Vital statistics of India. Vol. IV, Annual returns from 1871 to 1876. British Army of India, Native Army and jails of Bengal
Year: 1871
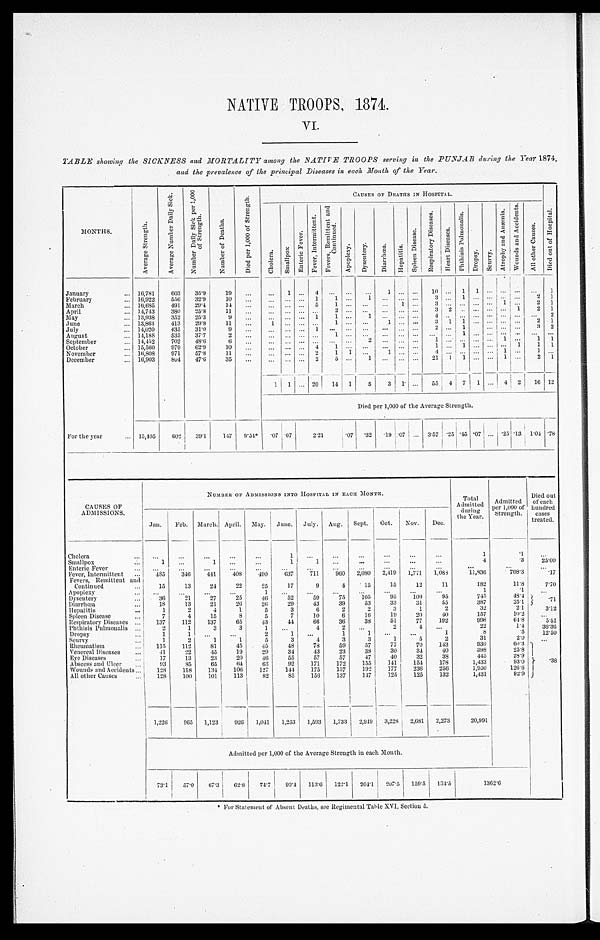
NATIVE TROOPS, 1874.
VI.
TABLE showing the SICKNESS and MORTALITY among the NATIVE TROOPS serving in the PUNJAB dueing the Year 1874,
and the prevalence of the principal Diseases in each Month of the Year.
MONTHS.
A v e r a g e S t r e n g t h .
A v e r a g e N u m b e r D a i l y S i c k .
N u m b e r D a i l y S i c k p e r 1 , 0 0 0 o f S t r e n g t h .
N u m b e r o f D e a t h s .
D i e d p e r 1 , 0 0 0 o f S t r e n g t h .
C A U S E S O F D E A T H S I N H O S P I T A L .
D i e d o u t o f H o s p i t a l .
C h o l e r a . S m a l l p o x .
E n t e r i c F e v e r .
F e v e r , I n t e r m i t t e n t .
F e v e r s , R e m i t t e n t a n d C o n t i n u e d .
A p o p l e x y .
D y s e n t e r y .
D i a r r h œ a .
H e p a t i t i s .
S p l e e n D i s e a s e .
R e s p i r a t o r y D i s e a s e s .
H e a r t D i s e a s e s .
P h t h i s i s P u l m o n a l i s .
D r o p s y . S c u r v y .
A t r o p h y a n d A n æ m i a .
W o u n d s a n d A c c i d e n t s .
A l l o t h e r C a u s e s .
January . . . 16,781
603
35.9
19
. . .
. . .
1 . . .
4
. . .
. . .
. . . 1
. . .
. . . 10
. . .
1 1 . . .
. . .
. . .
. . .
1
February . . . 16,922
556
32.9
10
. . . . . .
. . . . . . 1
1
. . .
1 . . . . . . . . . 3
. . .
1 . . . . . .
. . .
. . . 2 1
March . . . 16,685
491
29.4
14
. . .
. . .
. . .
. . .
5
1
. . .
. . . . . .
1 . . . 3
. . .
. . .
. . . . . .
1
. . . 2 1
April . . . 14,743
380
25.8
11
. . .
. . .
. . . . . . . . .
2
. . .
. . .
. . . . . . . . .
3 2 . . . . . . . . . . . . 1
2 1
May . . . 13,938
352
25.3
9
. . . . . .
. . .
. . . 1
1
. . .
1
. . . . . . . . .
4
. . .
. . .
. . . . . .
. . .
. . .
. . . 2
June . . . 13,863
413
29.8
11
. . . 1
. . .
. . .
. . .
1
. . .
. . . 1
. . .
. . .
3
1
1 . . . . . .
. . .
. . . 2 1
July . . . 14,020
435
31.0
9
. . .
. . . . . . . . .
1
. . .
. . .
. . . . . .
. . .
. . .
2 . . . 1 . . . . . .
. . .
. . .
3 2
August . . . 14,188
535
37.7
2
. . .
. . . . . . . . . . . .
1
. . .
. . . . . .
. . .
. . .
. . .
. . .
1 . . . . . .
. . .
. . .
. . . . . .
September . . . 14,452
702
48.6
6
. . .
. . .
. . . . . . . . .
. . . . . .
2 . . . . . . . . .
1
. . .
. . .
. . . . . .
1
. . . 1 1
October . . . 15,560
979
62.9
10
. . .
. . . . . . . . . 4
1
. . .
. . . . . .
. . .
. . .
1
. . .
1 . . . . . .
. . .
1
1 1
November . . . 16,808
971
57.8
11
. . . . . .
. . .
. . .
2
1 1 . . .
1
. . .
. . .
4 . . .
. . .
. . . . . .
1
. . .
1 . . .
December . . . 16,903
8 0 4 47.6
35
. . . . . .
. . .
. . .
2
5
. . .
1
. . .
. . .
. . .
2 1
1
1 . . . . . . 1 . . .
2 1
1
1 . . . 20
14
1
5
3 1 . . .
55
4
7
1
. . . 4 2
16 12
Died per 1,000 of the Average Strength.
For the year . . . 15,405
602
39.1
147
9.54* .07 .07
2.21
.07 .32
. 1 9 .07 . . . 3.57 .25
. 4 5
. 07
. . . .25 .13 1.04 .78
CAUSES OF
ADMISSIONS.
NUMBER OF ADMISSIONS INTO HOSPITAL IN EACH MONTH.
Total
Admitted
during
the Year.
Admitted
per 1, 000 of
Strength.
Died out
of each
hundred
cases
treated.
Jan.
Feb. March. April. May. June. July. Aug. Sept.
Oct.
Nov.
Dec.
Cholera . . .
. . .
. . .
. . .
. . .
. . .
1
. . .
. . .
. . .
. . .
. . .
. . .
1
.1
. . .
Smallpox . . .
1
. . .
1
. . .
. . .
1
1
. . .
. . .
. . .
. . .
. . .
4
.3
25.00
Enteric Fever . . .
. . .
. . .
. . .
. . .
. . .
. . .
. . .
. . .
. . .
. . .
. . .
. . .
. . .
. . .
. . .
Fever, Intermittent . . .
485
346
441
408
490
637
711
960
2,080
2,419
1,771
1,083
11,836
768.3
.17
Fevers, Remittent and
Continued . . .
1 5
13
24
22
25
17
9
4
15
15
12
11
182
11.8
7.70
Apoplexy . . .
. . .
. . .
. . .
. . .
1
. . .
. . .
. . .
. . .
. . .
. . .
. . .
1
.1
. . .
Dysentery . . .
3 6
21
27
25
46
52
59
75
105
95
109
95
745
48.4
. 7 1
Diarrhœa . . .
18
13
21
26
26
29
4 3
3 9
53
33
31
55
387
25.1
Hepatitis . . .
1
2
4
1
5
3
6
2
2
3
1
2
32
2.1
3.12
Spl e e n Di s e a s e . . .
7
4
15
8
5
7
10
6
16
19
20
40
157
10.2
. . .
Respiratory Diseases . . .
137
112
137
65
43
44
66
36
38
51
77
192
998
64.8
5.51
Phthisis Pulmonalis . . .
2
1
3
3
1
. . .
4
2
. . .
2
4
. . .
22
1.4
36.36
Dropsy . . .
1
1
. . .
. . .
2
1
. . .
1
1
. . .
. . .
1
8
.5
12.50
Scurvy . . .
1
2
1
1
5
3
4
3
3
1
5
2
31
2.0
. . .
Rheumatism . . .
115
112
81
45
45
48
78
59
57
77
70
143
930
60.3
.38
Venereal Diseases . . .
41
22
45
19
29
34
43
23
38
30
34
40
398
25.8
Eye Diseases . .
17
13
23
20
46
55
57
57
47
40
32
38
445
28.9
Abscess and Ulcer . . .
93
85
65
64
63
92
171
172
155
141
154
178
1,433
93.0
Wounds and Accidents . . .
128
118
134
106
127
144
175
157
192
177
236
256
1,950
126.6
All other Causes . . .
128
100
101
113
82
85
156
137
147
125
125
132
1,431
92.9
1,226
965
1,123
926
1,041
1,253
1,593
1,733
2,949
3,228
2,681
2,273
20,991
Admitted per 1,000 of the Average Strength in each Month.
73.1
57.0
67.3 62.8
74.7 90.4
113.6 122.1 204.1 207.5
159.5
134.5
1362.6
* For Statement of Absent Deaths, see Regimental Table XVI. Section 5.